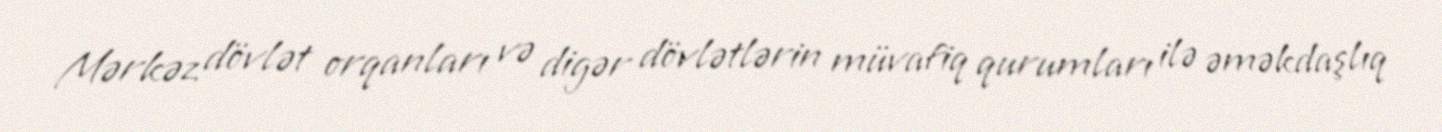
Mərkəz dövlət orqanları və digər dövlətlərin müvafiq qurumları ilə əməkdaşlıq